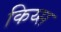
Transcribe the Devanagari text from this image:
किय्स